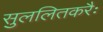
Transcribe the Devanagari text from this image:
सुललितकरैः